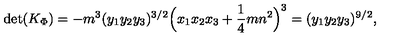
\mathrm { d e t } ( K _ { \Phi } ) = - m ^ { 3 } ( y _ { 1 } y _ { 2 } y _ { 3 } ) ^ { 3 / 2 } \Big ( x _ { 1 } x _ { 2 } x _ { 3 } + { \frac { 1 } { 4 } } m n ^ { 2 } \Big ) ^ { 3 } = ( y _ { 1 } y _ { 2 } y _ { 3 } ) ^ { 9 / 2 } ,